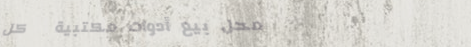
محل بيع أدوات مكتبية   كل